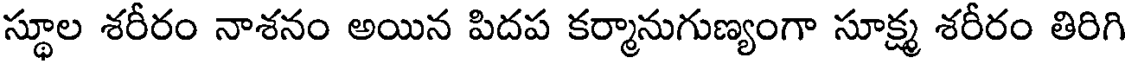
స్థూల శరీరం నాశనం అయిన పిదప కర్మానుగుణ్యంగా సూక్ష్మ శరీరం తిరిగి